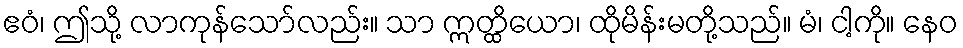
ဧဝံ၊ ဤသို့ လာကုန်သော်လည်း။ သာ ဣတ္ထိယော၊ ထိုမိန်းမတို့သည်။ မံ၊ ငါ့ကို။ နေဝ